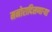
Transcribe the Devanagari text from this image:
मनोरादिसणार्‍या